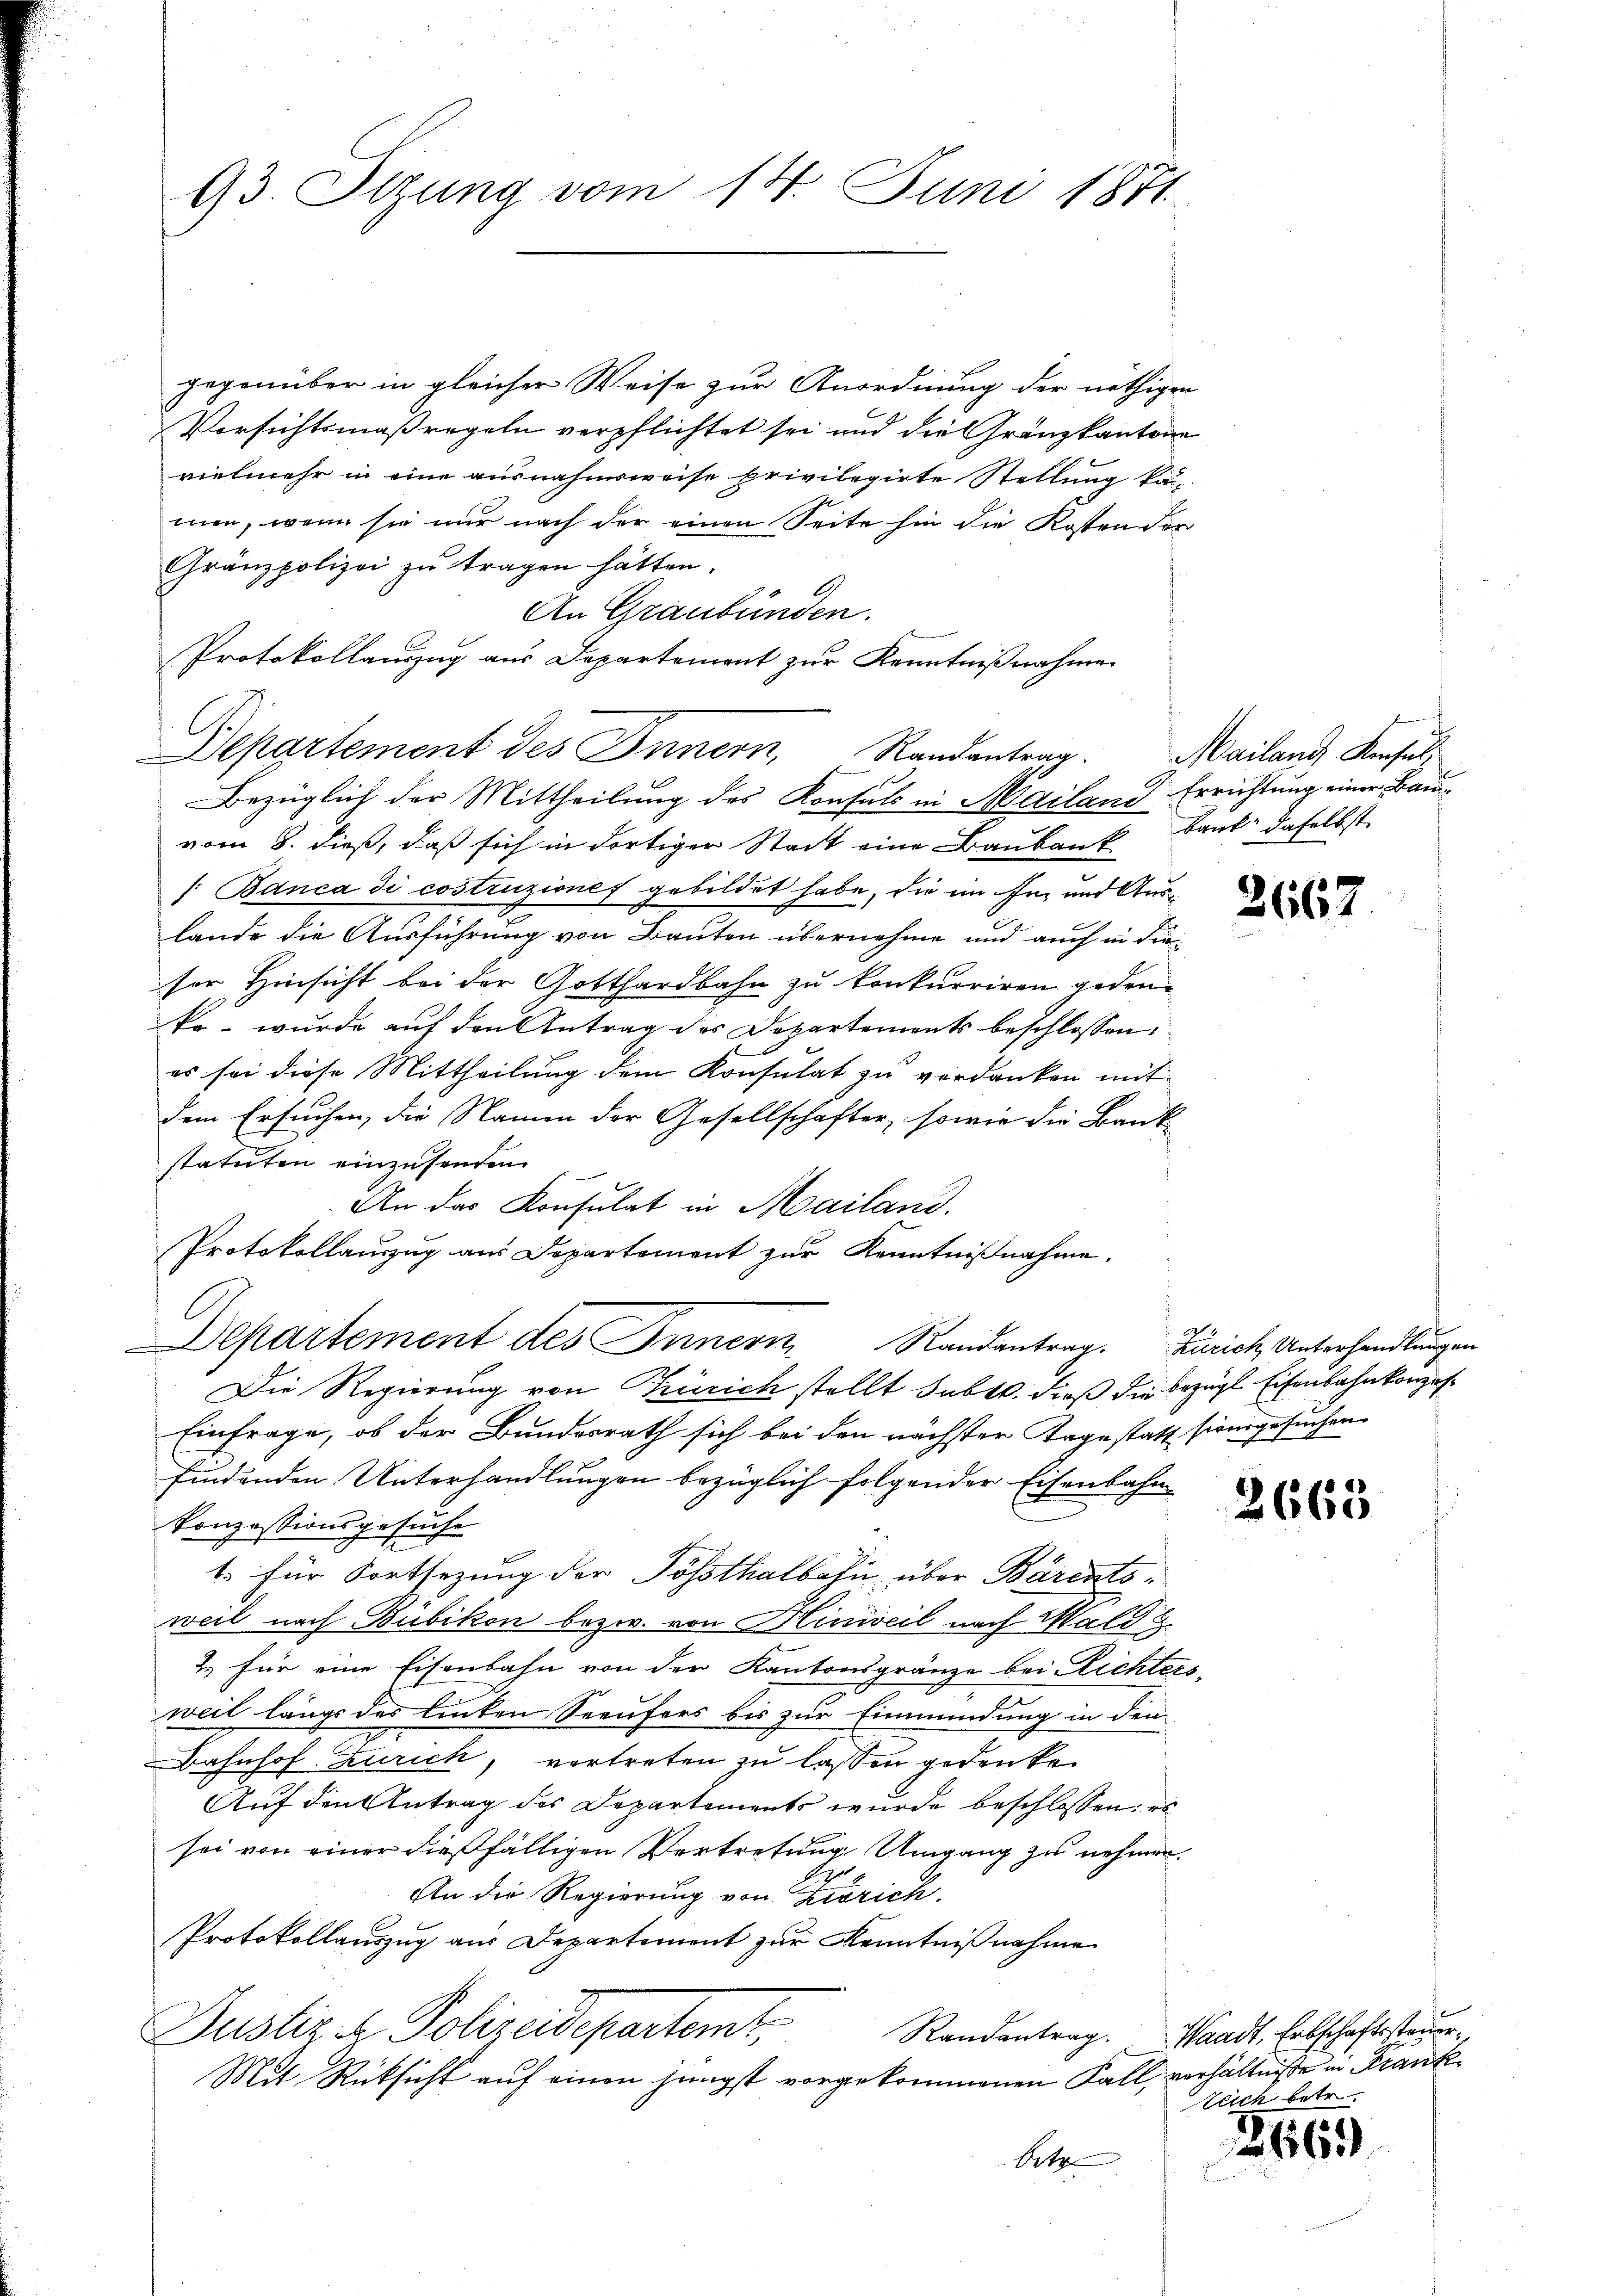
93. Sizung vom 14. Juni 1871

n
gegenüber in gleicher Weise zur Anordnung der nöthigen
Vorsichtsmaßregeln verpflichtet sei und die Granzkantone
vielmehr in eine ausnahmsweise privilegirte Stellung kan
men, wenn sie nur nach der einen Seite hin die Kosten der
Gränzpolizei zu tragen hätten.
An Graubünden.
Protokollauszug aus Departement zur Kenntnißnahme
Bezüglich der Mittheilung des Konsuls in Mailand Errichtung einer Bauvom 8. dieß, daß sich in dortiger Stadt eine Baubau baut daselbst
/:Banca di costruziones gebildet habe, die im In- und Auslande die Ausführung von Bauten übernehme und auch in die
sor Hinsicht bei der Gotthardbahn zu konkurriren gedenfe - wurde auf den Antrag des Departements beschlossen:
es sei diese Mittheilung dem Konsulat zu verdanken mit
dem Ersuchen, die Namen der Gesellschafter, sowie die Bank-
statuten einzusenden.
An das Konsulat in Mailand.
Protokollauszug aus Departement zur Kenntnißnahme.
Departement des Innern Randantrag. Zürich, Unterhandlungen
Die Regierung von Zürich stellt subtt. dieß die bezügl Eisenbahnkonzes¬
Einfrage, ob der Bundesrath sich bei den nächster Tage statt sien gesuchen
findenden Unterhandlungen bezüglich folgender Eisenbahn
Konzessionsgesuche
t. für Fortsezung der Posthalbahn über Barents.
weil nach Bubikon bezw. von Hinweil nach Wald e
2. für eine Eisenbahn von der Kantonsgränze bei Richters
weil längs des linken Seeufers bis zur Einmündung in den
Bahnhof Zürich, vertreten zu lassen gedenke.
Auf den Antrag des Departements wurde beschlossen: es
sei von einer dießfälligen Vertretung Umgang zu nehmen.
An die Regierung von Kisrich.
Protokollauszug aus Departement zur Kenntnißnahme
Justiz & Polizeidepartemt,
Randantrag. Waadt, Erbschaftssteuer¬
Mit Rücksicht auf einen jüngst vorgekommenen Fall, verhältniße in Frank¬
Bet

Departement des Innern, Randantrag. Mailand, Resul¬

2667

2663

teich betr

2669